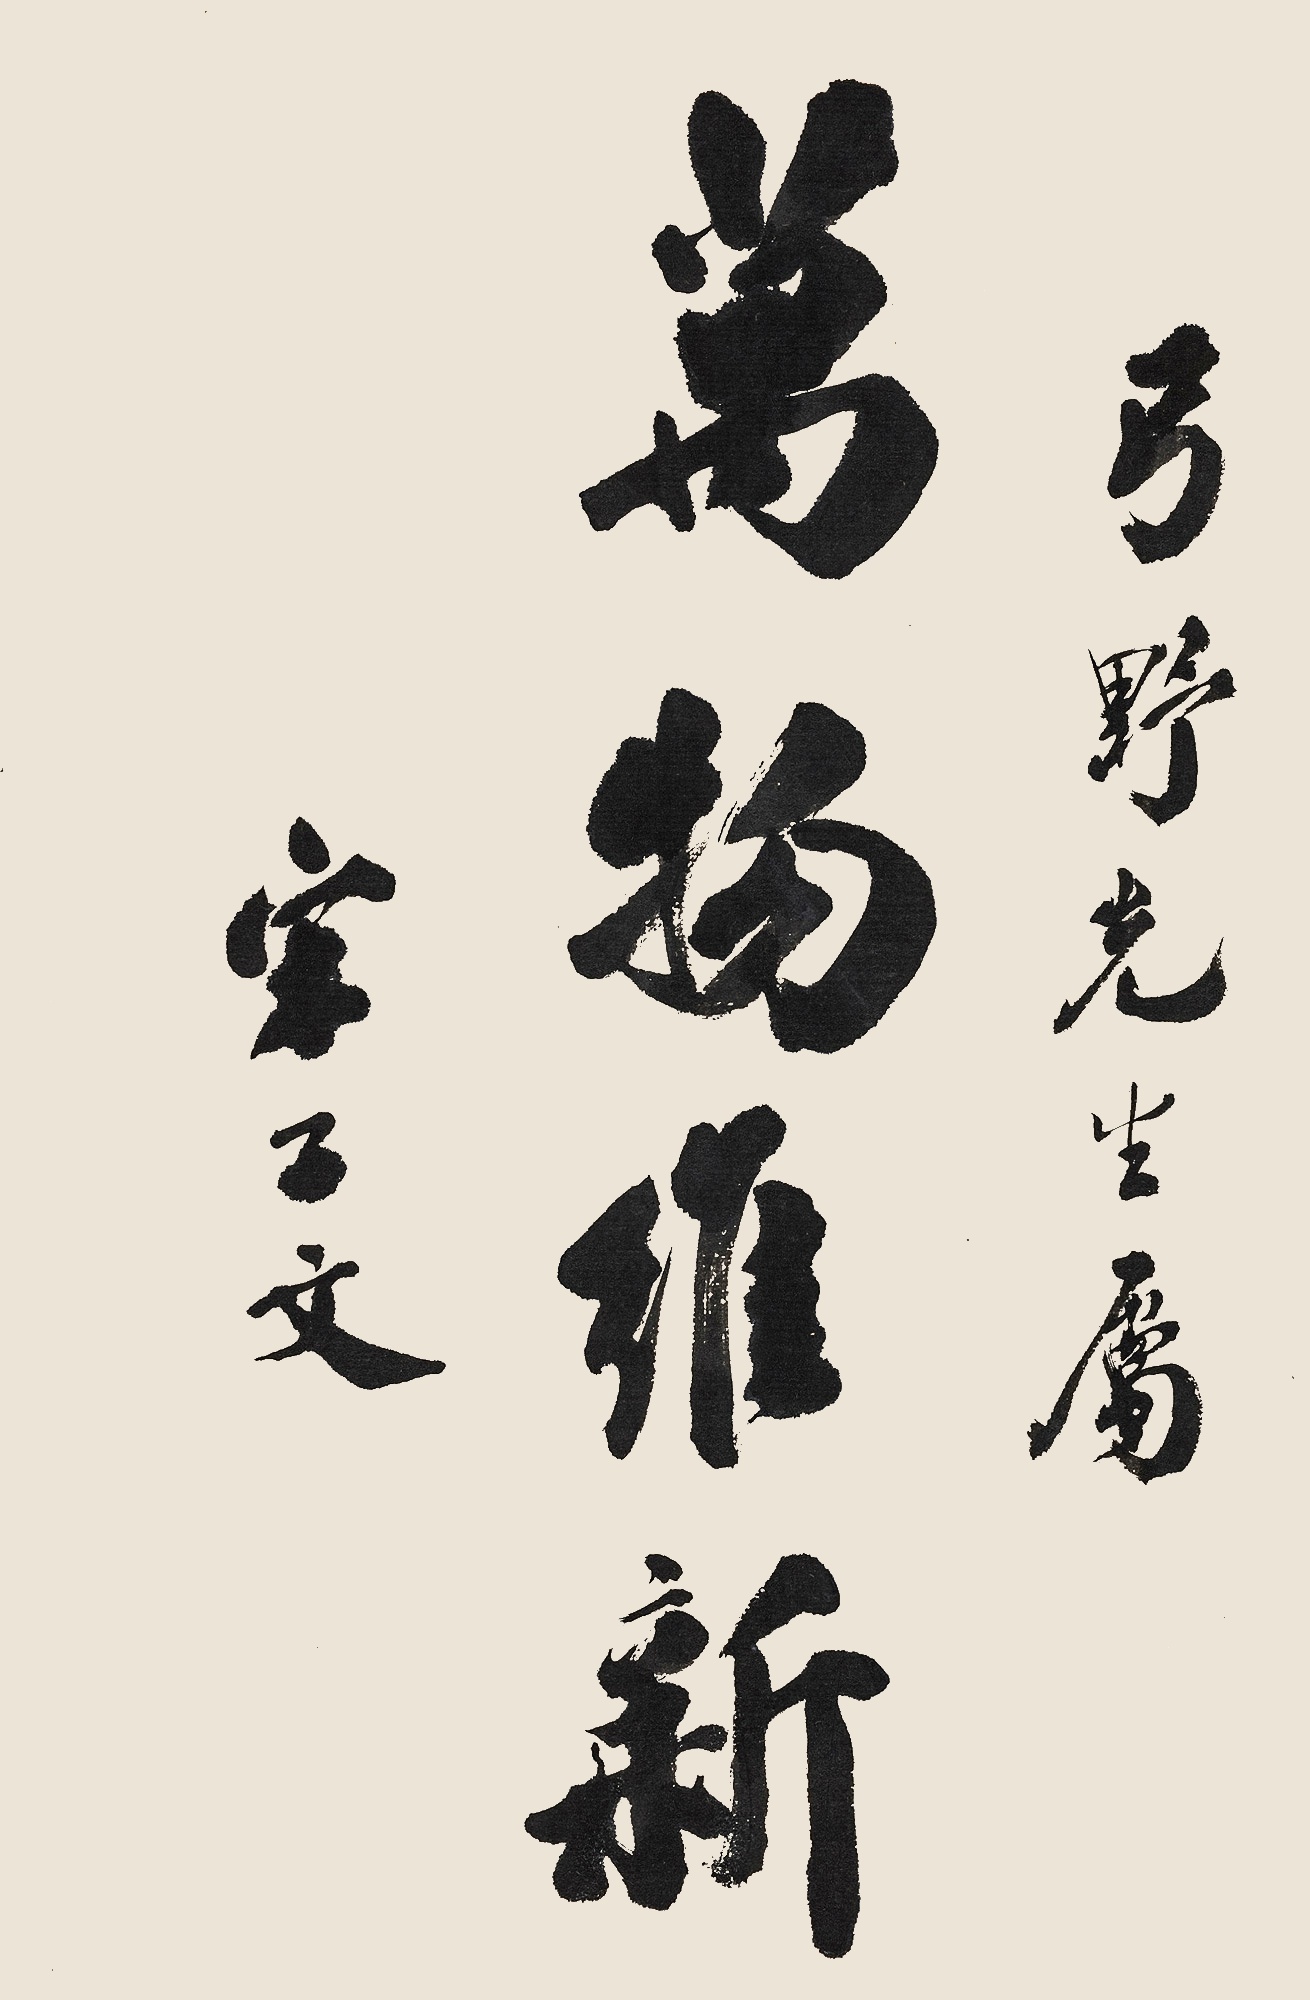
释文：万物维新弓野先生属。宋子文。